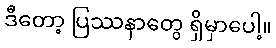
ဒီတော့ ပြဿနာတွေ ရှိမှာပေါ့။